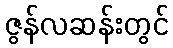
ဇွန်လဆန်းတွင်